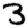
Digit: 3